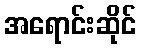
အရောင်းဆိုင်